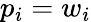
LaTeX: p_{i}=w_{i}